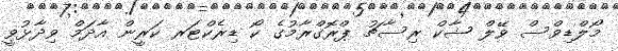
މޯލްޑިވްސް ވޭލް ޝާކް ރިސާޗު ޕްރޮގްރާމުގެ ކޯ ޑިރެކްޓަރ ކަރީން އާދަމް ވިދާޅުވީ